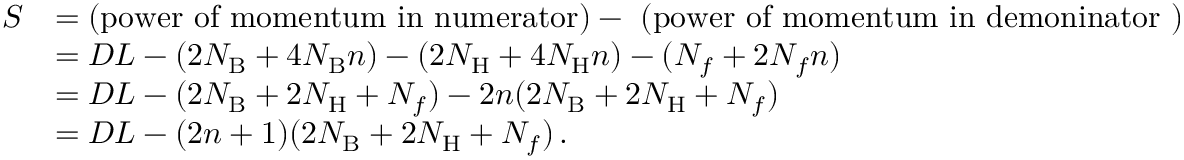
\begin{array} { r l } { S } & { = \mathrm { ( p o w e r ~ o f ~ m o m e n t u m ~ i n ~ n u m e r a t o r ) - ~ ( p o w e r ~ o f ~ m o m e n t u m ~ i n ~ d e m o n i n a t o r ~ ) } } \\ & { = D L - ( 2 N _ { \mathrm { B } } + 4 N _ { \mathrm { B } } n ) - ( 2 N _ { \mathrm { H } } + 4 N _ { \mathrm { H } } n ) - ( N _ { f } + 2 N _ { f } n ) } \\ & { = D L - ( 2 N _ { \mathrm { B } } + 2 N _ { \mathrm { H } } + N _ { f } ) - 2 n ( 2 N _ { \mathrm { B } } + 2 N _ { \mathrm { H } } + N _ { f } ) } \\ & { = D L - ( 2 n + 1 ) ( 2 N _ { \mathrm { B } } + 2 N _ { \mathrm { H } } + N _ { f } ) \, . } \end{array}